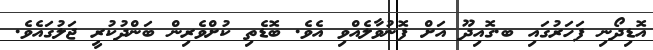
އޮޑިދޯނި ފަހަރުގައި ބ.ގޮއިދޫ އަށް ފޮނުވާލެއްވި އެވެ. ބޮޑެތި ކުށްވެރިން ބަންދުކުރީ ޖަލުގައެވެ.